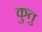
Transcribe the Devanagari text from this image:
कुतु